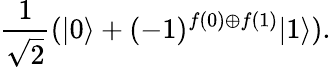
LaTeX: {\frac{1}{\sqrt{2}}}(|0\rangle+(-1)^{f(0)\oplus f(1)}|1\rangle).